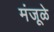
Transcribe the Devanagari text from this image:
मंजूळे